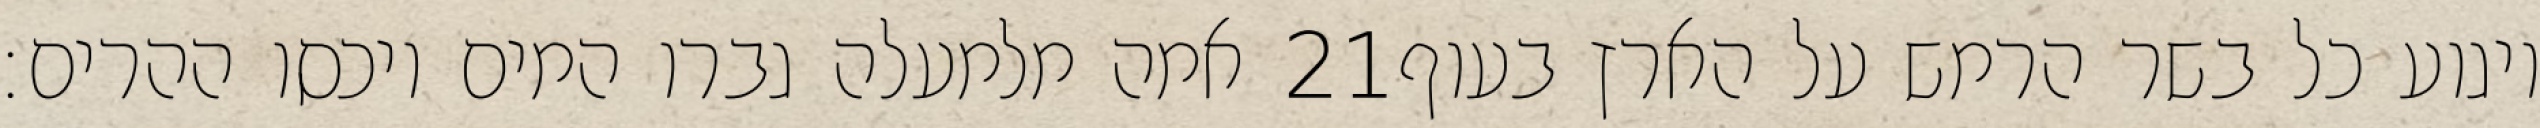
אמה מלמעלה גברו המים ויכסו ההרים׃ ‎21‏ ויגוע כל בשר הרמש על הארץ בעוף